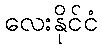
လေးနိုင်ငံ